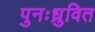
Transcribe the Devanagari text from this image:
पुनःध्रुवित